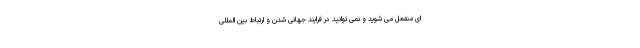
ای منفعل می شوید و نمی توانید در فرایند جهانی شدن و ارتباط بین المللی